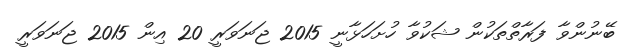
ބޭނުންވާ ފަރާތްތަކުން ޝަކުވާ ހުށަހަޅާނީ 2015 ޖަނަވަރީ 20 އިން 2015 ޖަނަވަރީ